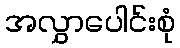
အလွှာပေါင်းစုံ